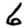
Digit: 6